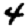
Digit: 4